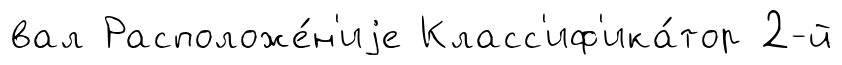
вал Расположе́н'иjе Класс'иф'ика́тор 2-й